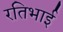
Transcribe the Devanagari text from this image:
रतिभाई